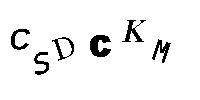
CSDCKM